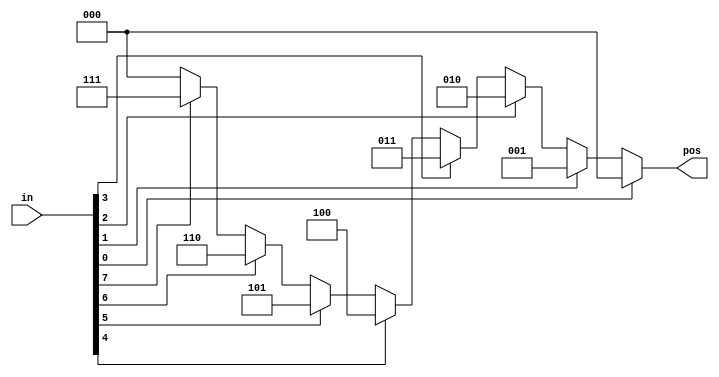
module top_module (
    input [7:0] in,
    output reg [2:0] pos  );
    
    // casez treats bits that have the value z as don't-care in the comparison.
    
    //Notice how there are certain inputs (e.g., 4'b1111) that will match more than one case item. 
    //The first match is chosen (so 4'b1111 matches the first item, out = 0, but not any of the later ones).
	
    //There is also a similar casex that treats both x and z as don't-care. I don't see much purpose to using it over casez.
	//The digit ? is a synonym for z. so 2'bz0 is the same as 2'b?0
    
    always @(*) begin
       	casez (in[7:0])
            8'bzzzzzzz1: pos = 0;
            8'bzzzzzz1z: pos = 1;
            8'bzzzzz1zz: pos = 2;
            8'bzzzz1zzz: pos = 3;
            8'bzzz1zzzz: pos = 4;
            8'bzz1zzzzz: pos = 5;
            8'bz1zzzzzz: pos = 6;
            8'b1zzzzzzz: pos = 7;
            default: 	 pos = 0;
    	endcase
	end
endmodule